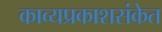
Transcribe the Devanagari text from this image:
काव्यप्रकाशसंकेत